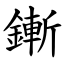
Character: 鏩